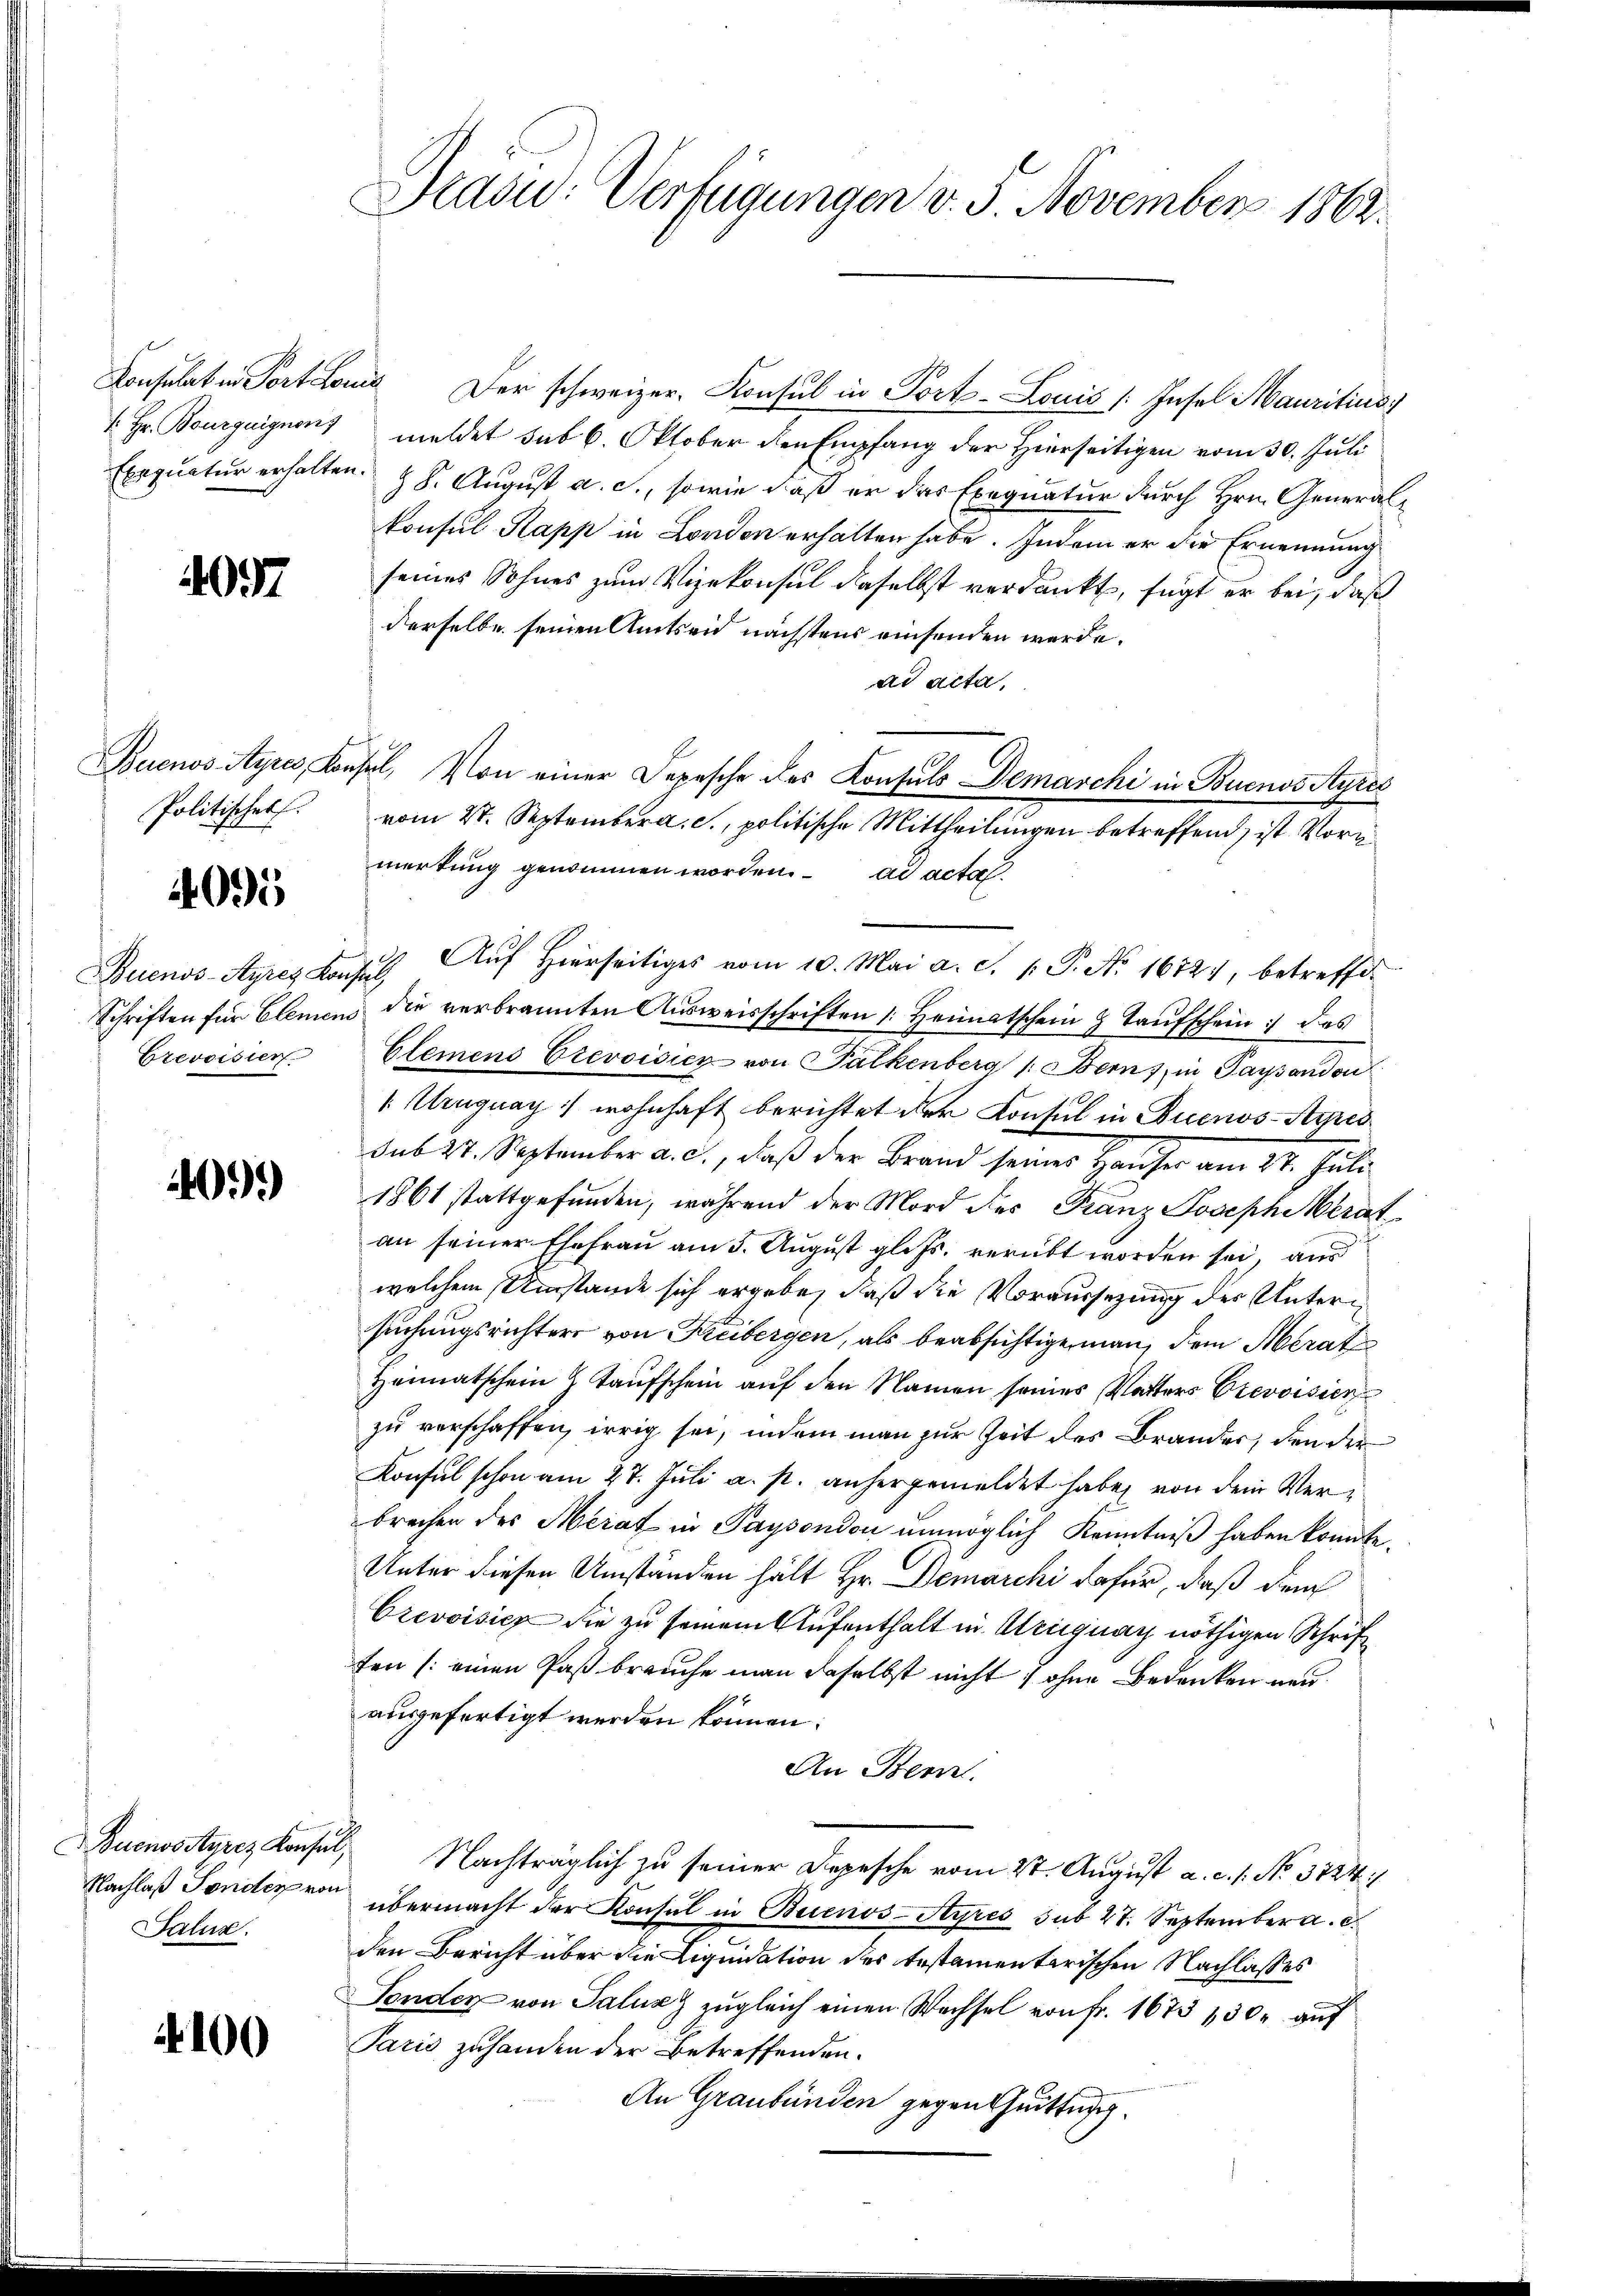
Exequatur erhalten.

4097

Politischet.

4095

Crevoisier.

1099

Salus.

100

Pašid: Verfügungen v. 5. November 1862.

Consulat in Fort Lois Der schweizer. Konsul in Port- Louis (Insel Mauritius
 Hr. Bourguignons meldet sub 6. Oktober den Empfang der Hierseitigen vom 30. Juli
§ 8. August a. c., sowie daß er das Exequatur durch Hrn. Generalkonsul Kapp in London erhalten habe. Indem er die Ernennung
seines Sohnes zum Vizekonsul daselbst verdankt, fügt er bei, daß
derselbe seinen Amtseid nächstens einsenden werde.
ad acta,
Buenos Ayres, Konsul, Von einer Depesche des Konsuls Demarchi in Buenos Ayres
vom 4. September a. c., politische Mittheilungen betreffend, ist Vormerkung genommen worden. ad acta
Buenos-Ayres Konsŭl. Aŭf Hierseitiges vom 10. Mai a. d. 1. P. Nr. 1672), betreffe
Schriften für Elemens die verbrannten Ausweisschriften Heimatschein & Taufschein das
Clemens Erevoisiez von Falkenberg /: Berns, in Paysandon
/ Uruguay :/ wohnhaft berichtet der Konsul in Buenos-Ayres
sub 27. September a. c., daß der Brand seines Hauser am 27. Juli
1861 stattgefunden, während der Mord des Franz Joseph Merat
an seiner Ehefrau am 3. August gl. Js. verübt worden sei, aus
welchem Umstände sich ergebe, daß die Voraussezung der Untersuchungsrichters von Kreibergen, als beabsichtige man dem Merat
Heimatschein Z Taufschein auf den Namen seines Vatters Crevoisier
zu verschaffen, irrig sei, indem man zur Zeit des Brander, den der
Konsul schon am 27. Juli a. p. anhergemeldet habe, von dem Verbrechen des Merat in Paysondon unmöglich Kenntniß haben konnte.
Unter diesen Umständen hält Hr. Demarchi dafür, daß dem
Crevoisicz die zu seinem Aufenthalt in Ariguay nöthigen Schrift
fen (einen Paß brauche man daselbst nicht ohne Bedenken neuausgefertigt werden können.
An Bem
Buenossures Konsul, Nachträglich zu seiner Depesche vom 2t. August a. c. 1. No. 3724/
Nachlaß Sonder von übermacht der Konsul in Buenos-Ayres sub 27. September a. c.
den Bericht über die Liquidation des testamentarischen Nachlasses
Fonder von Saluzz zŭgleich einen Wechsel von fr. 1673 130. auf
Paris zuhanden der Betreffenden.
An Graubünden gegen Chuittuch.